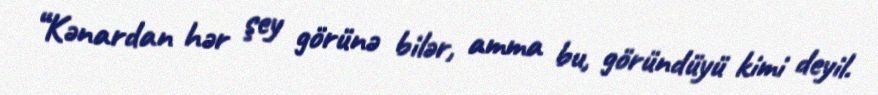
“Kənardan hər şey görünə bilər, amma bu, göründüyü kimi deyil.